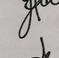
Signature authenticity: genuine